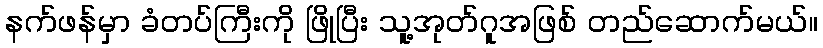
နက်ဖန်မှာ ခံတပ်ကြီးကို ဖြိုပြီး သူ့အုတ်ဂူအဖြစ် တည်ဆောက်မယ်။